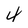
Character: 4